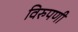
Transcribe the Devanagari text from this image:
विरुपणी